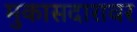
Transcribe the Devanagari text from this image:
मुकासदारावर